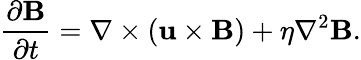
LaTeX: {\frac{\partial\mathbf{B}}{\partial t}}=\nabla\times(\mathbf{u}\times\mathbf{B})+\eta\nabla^{2}\mathbf{B}.